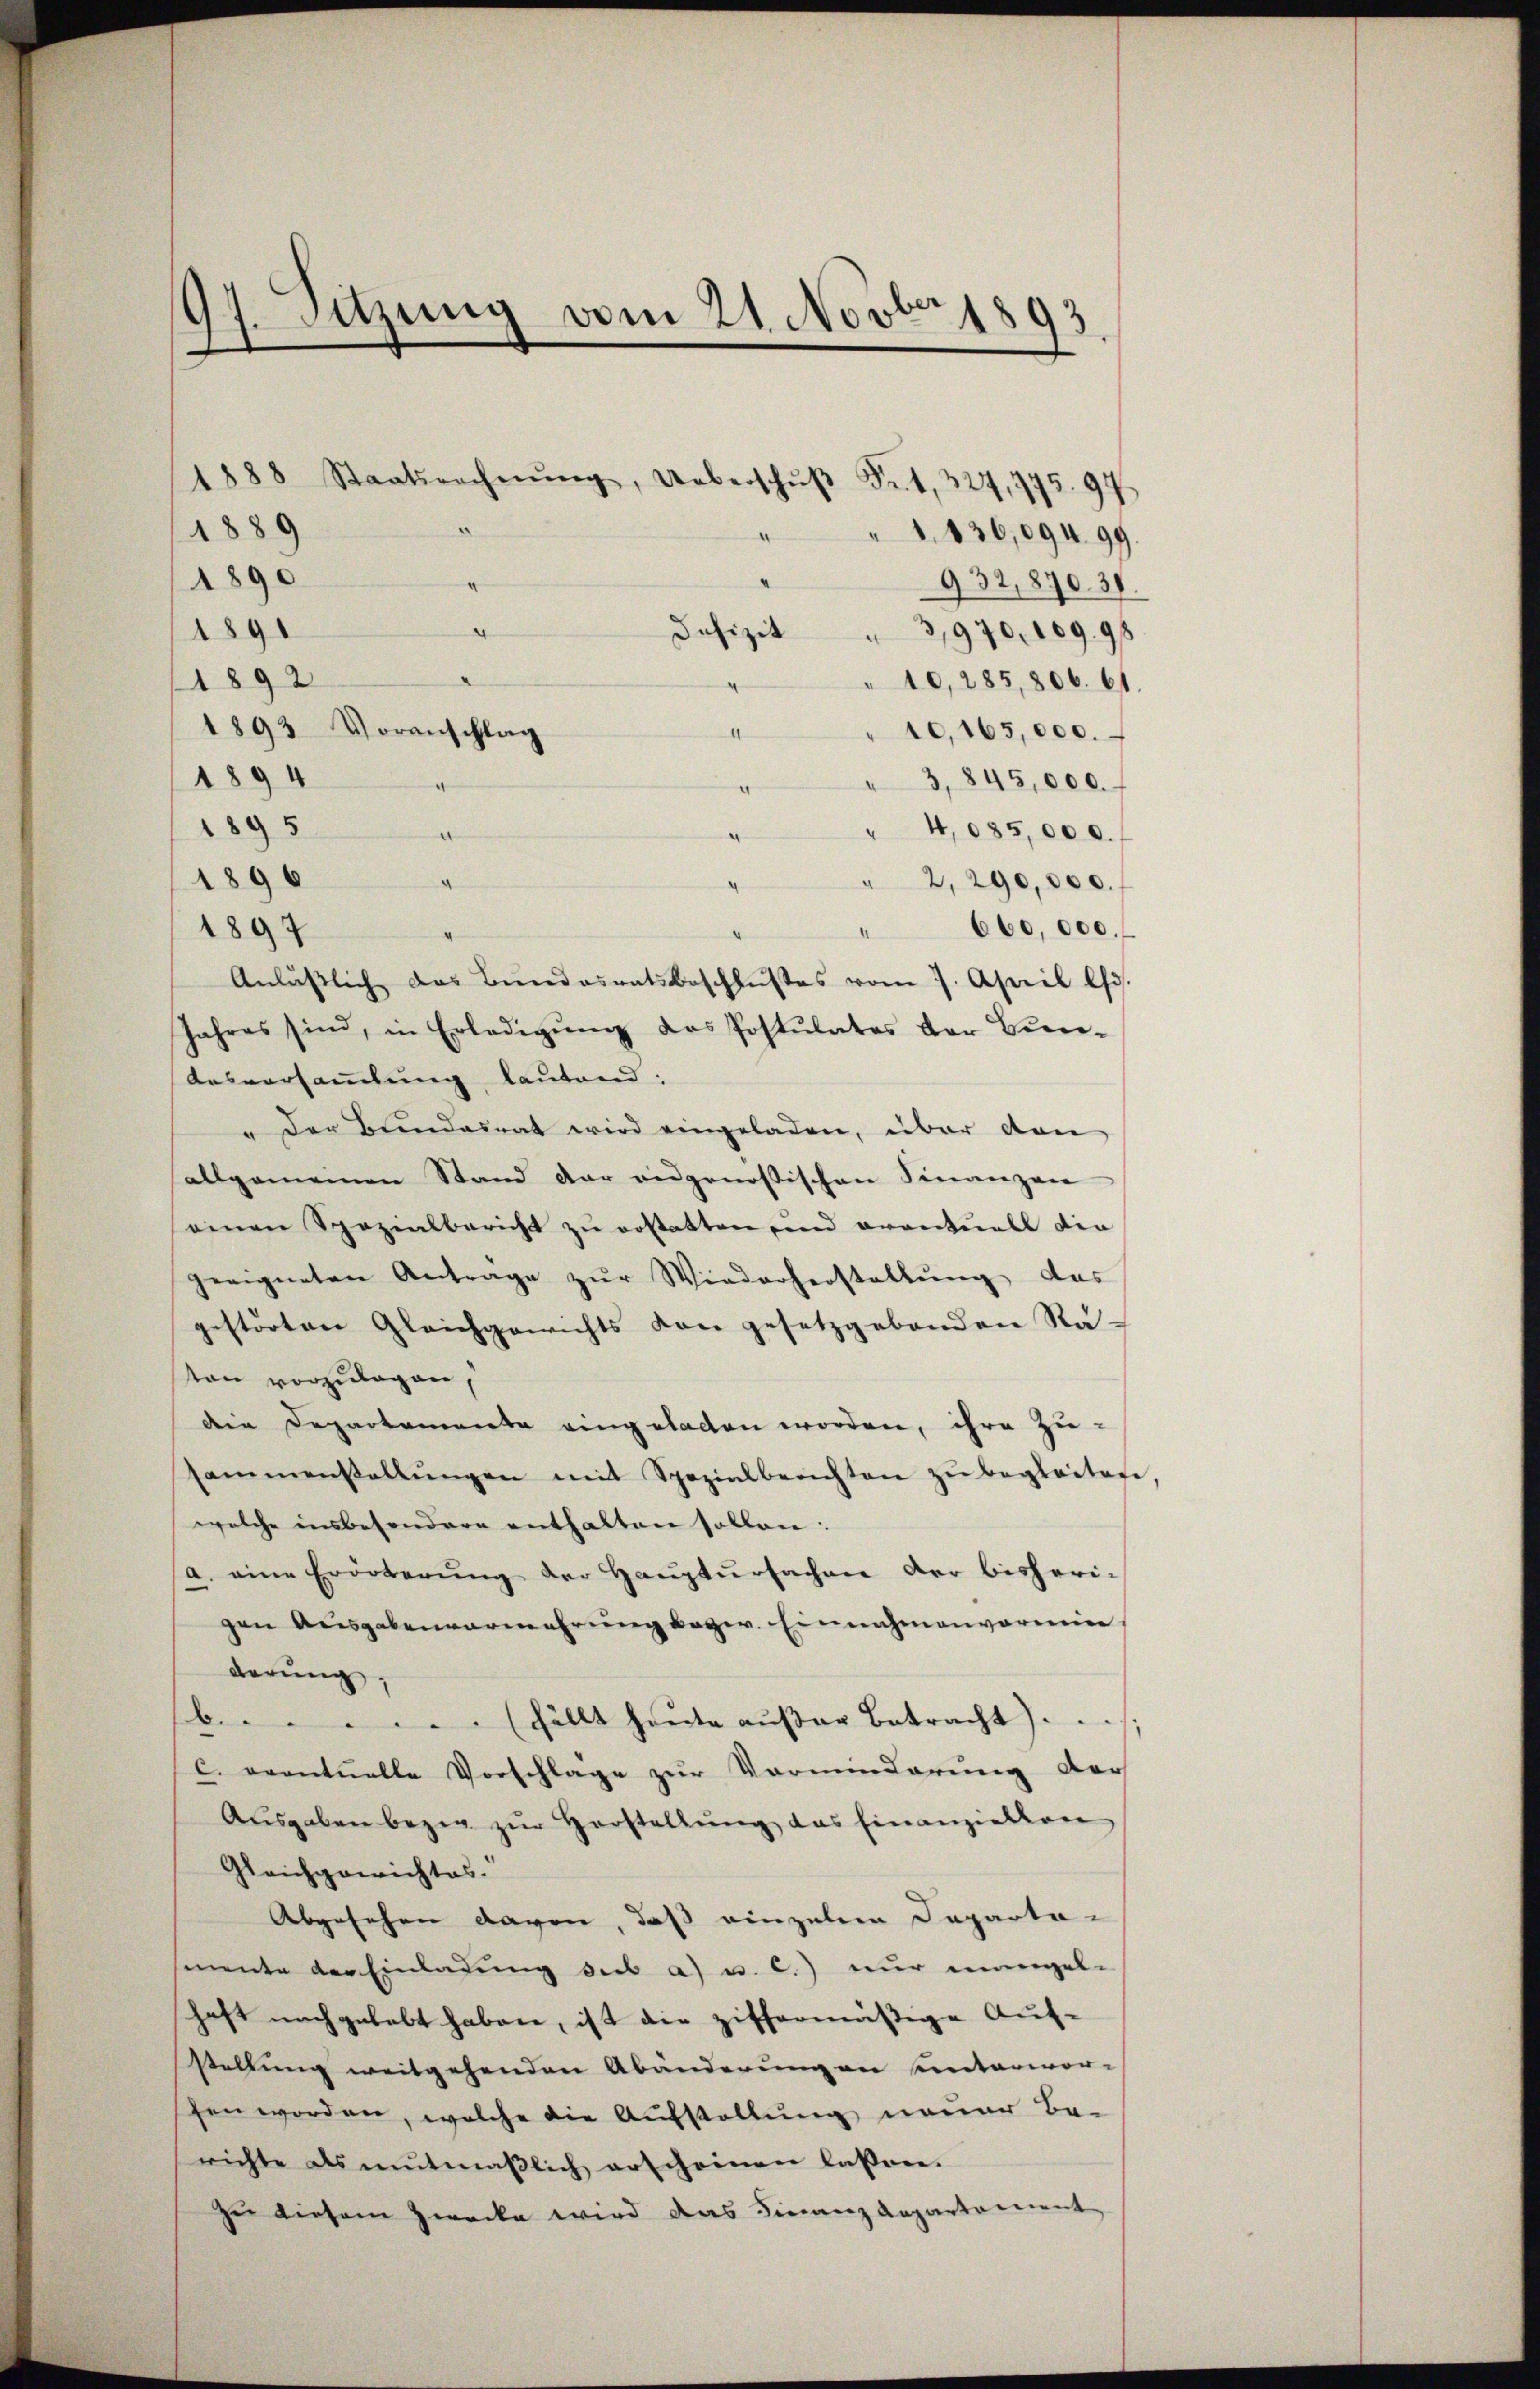
97. Sitzung vom 21. Novbr. 1893.
f

1888 Staatsrechnŭng, Ueberschŭβ Fr. 1, 327, 775. 97
10,165,000.
1894
3,845,000. f
1895
" 4,035,000.
l
a
1896
n
2, 290,000.
660,000.
1897
Anläßlich das Bundesratsbeschlußes vom 7. April l.
Jahres sind, in Erledigŭng des Postulates der Bun-
Ausversammlung lautend;
" Der Bundesrat wird eingeladen, über den
allgemeinen Stand der eidgenössischen Finanzen
einen Spezialbericht zŭ erstatten und erontuell die
geeigneten Antrage zŭr Wiederherstellŭng des
gestörten Gleichgewichts von gesetzgebenden Rä-
ton vorzulagen,
die Departemente eingeladen worden, ihre Zu-
sammenstallŭngen mit Spezialberichten zŭ begleiten
welche insbesondere enthalten sollen.
a. eine Erörterŭng der Hauptursachen der bisheri-
gen Ausgabenvermehrung bezw. Einnahmenvormie
derung,
b. fällt heŭte aŭβer Betracht ......
c. eventuelle Vorschlage zur Vorminderung der
Ausgaben bezig zur Horstellung das Einanziellen
Gleichgewichtes.
Abgesehen davon, daß einzulein Departa-
mente der Einladung dies a) u. C.) nur mangel-
haft nachgelebt haben, ist die ziffermäßige Auf-
stellung weitgehenden Abänderung an unterwor-
fen worden, welche die Aufstellung neuer Be-
richte als mitmaßlich erscheinen lassen.
Zu diesem Zwecke wird das Finanz Repartement

1889
1890
1890
1892

.
Defizit
1893 Voranschlag

3,970, 10998
10,285,806. 61.

1 136,094. 99.
932,870. 31.